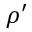
\rho ^ { \prime }